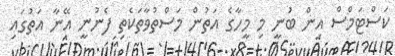
ކަސްޓަމްސް އިން ބުނީ މި މީހާގެ އަތުން މަސްތުވާތަކެތި ފެނުނީ އޭނާ އަތުގައި